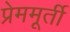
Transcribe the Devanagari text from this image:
प्रेममूर्ती